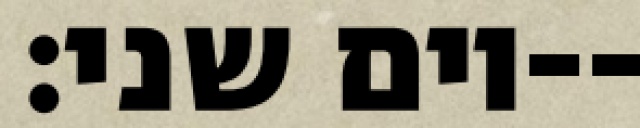
יום שני׃--